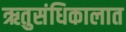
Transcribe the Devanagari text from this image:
ऋतुसंधिकालात